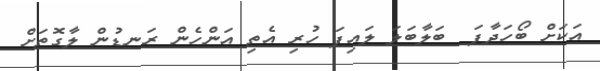
އަކަށް ބޯހަދާފަ  ބަލާބަލަ ލައިފަ ހުރި އެތި އަންހެން ރަނޑުން ލާގޮތަށް